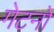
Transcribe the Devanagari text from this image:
गेटनो